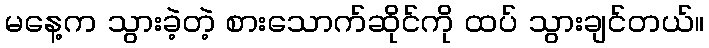
မနေ့က သွားခဲ့တဲ့ စားသောက်ဆိုင်ကို ထပ် သွားချင်တယ်။